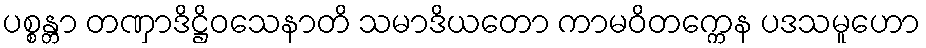
ပစ္စန္တာ တဏှာဒိဋ္ဌိဝသေနာတိ သမာဒိယတော ကာမဝိတက္ကေန ပဒသမူဟော